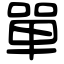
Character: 單